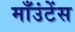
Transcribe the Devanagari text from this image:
माँउंटेंस